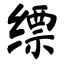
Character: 缥